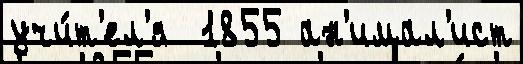
учи́т'ел'я  1855 ан'имал'ист